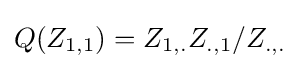
Q(Z_{1,1})={Z_{1,.}Z_{.,1}}/{Z_{.,.}}